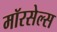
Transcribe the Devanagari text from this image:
मॉरसेल्स